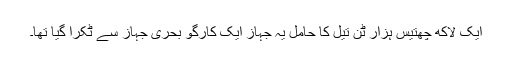
ایک لاکھ چھتیس ہزار ٹن تیل کا حامل یہ جہاز ایک کارگو بحری جہاز سے ٹکرا گیا تھا۔